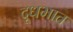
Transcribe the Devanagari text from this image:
दूधभात